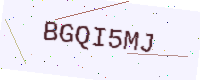
Text: BGQI5MJ